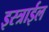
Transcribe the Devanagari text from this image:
इस्त्राईल